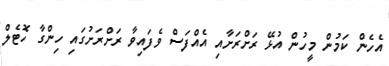
އެހެން ކަމުން މީހުން އުޅޭ ރަށްރަށާއި އެއްފަސް ވެފައިވާ ރަށްރަށުގައި ހިންގާ ހޮޓެލް